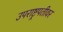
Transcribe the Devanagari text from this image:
उपराष्ट्रपतीवर